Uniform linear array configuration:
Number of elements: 4
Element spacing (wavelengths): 0.25
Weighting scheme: kaiser
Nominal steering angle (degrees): -60
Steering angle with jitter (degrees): -58.012
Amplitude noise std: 0.05
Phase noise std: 0.05

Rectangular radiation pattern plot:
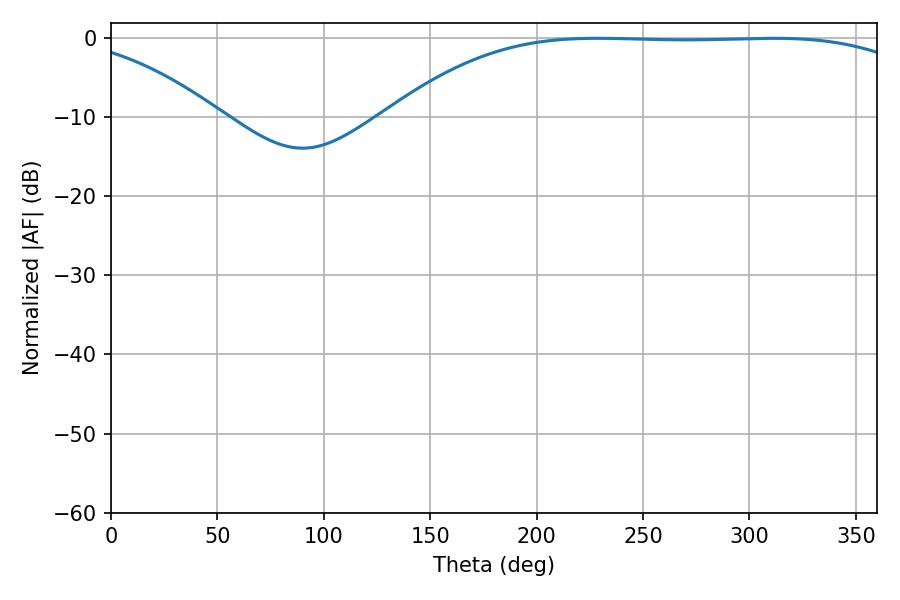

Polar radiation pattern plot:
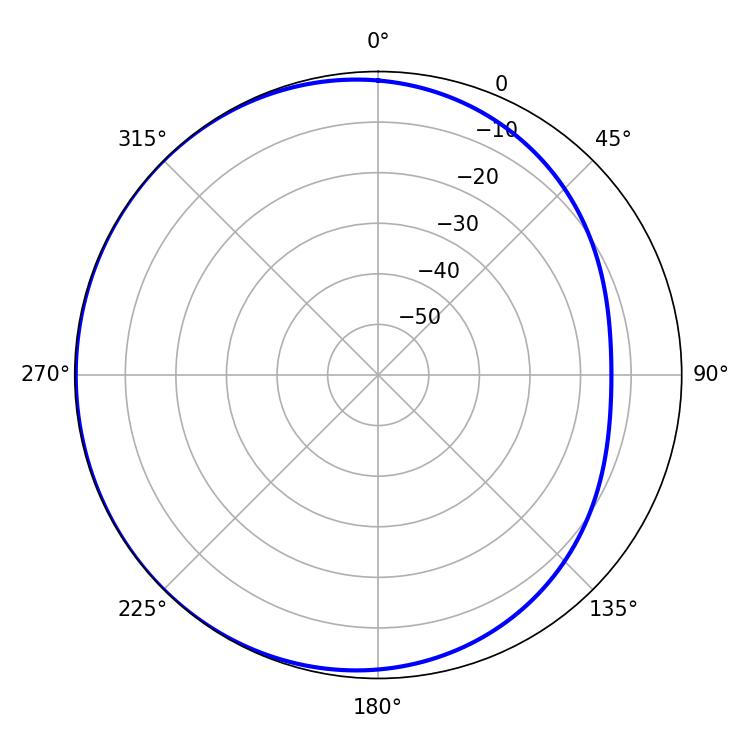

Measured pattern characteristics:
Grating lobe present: FALSE
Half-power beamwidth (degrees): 192.24
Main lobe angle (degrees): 228.6